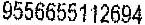
9556655112694